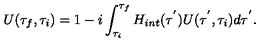
U ( \tau _ { f } , \tau _ { i } ) = 1 - i \int _ { \tau _ { i } } ^ { \tau _ { f } } H _ { i n t } ( \tau ^ { ' } ) U ( \tau ^ { ' } , \tau _ { i } ) d \tau ^ { ' } .